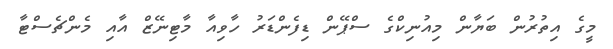
މީގެ އިތުރުން ބަޔާން މިއުނިކްގެ ސްޕޭން ޑިފެންޑަރު ހާވިއާ މާޓިނޭޒް އާއި މެންޗެސްޓާ